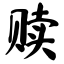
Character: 赎